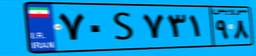
۵۸S۱۶۰۰۴